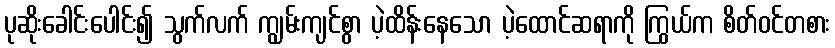
ပုဆိုးခေါင်းပေါင်း၍ သွက်လက် ကျွမ်းကျင်စွာ ပဲ့ထိန်းနေသော ပဲ့ထောင်ဆရာကို ကြွယ်က စိတ်ဝင်တစား